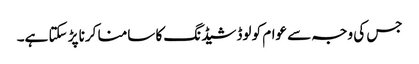
جس کی وجہ سے عوام کو لوڈشیڈنگ کا سامنا کرنا پڑ سکتا ہے۔